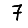
Digit: 7